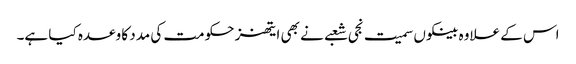
اس کے علاوہ بینکوں سمیت نجی شعبے نے بھی ایتھنز حکومت کی مدد کا وعدہ کیا ہے۔